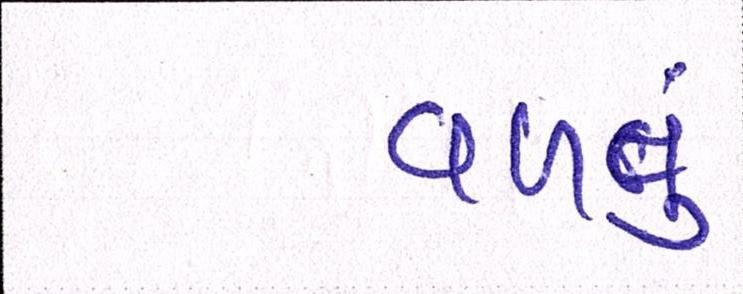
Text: વળવું